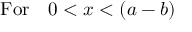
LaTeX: \mathrm { F o r } \quad 0 < x < ( a - b )